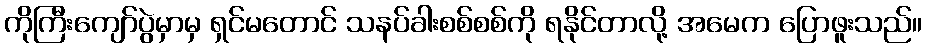
ကိုကြီးကျော်ပွဲမှာမှ ရှင်မတောင် သနပ်ခါးစစ်စစ်ကို ရနိုင်တာလို့ အမေက ပြောဖူးသည်။